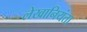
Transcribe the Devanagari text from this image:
लेखानियंता